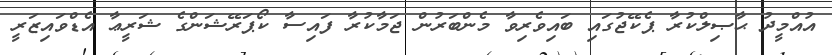
އުއްމީދު ޙާޞިލްކުރާ ޕެކޭޖުގައި ބައިވެރިވާ މެންބަރުން ޖަމާކުރާ ފައިސާ ކޯޕަރޭޝަންގެ ޝަރީޢާ އެޑްވައިޒަރީ